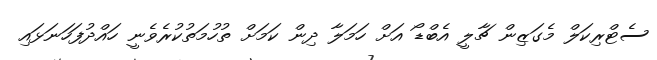
ސެޓްރިކަލް މެގަޒިން ޗާލީ އެބްޑޯ އަށް ހަމަލާ ދިން ކަމަށް ތުހުމަތުކުރެވެނީ ހައްދުފަހަނަޅައި